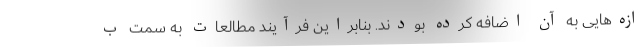
ازه‌هایی به آن اضافه کرده بودند. بنابراین فرآیند مطالعات به سمت ب